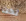
نكت